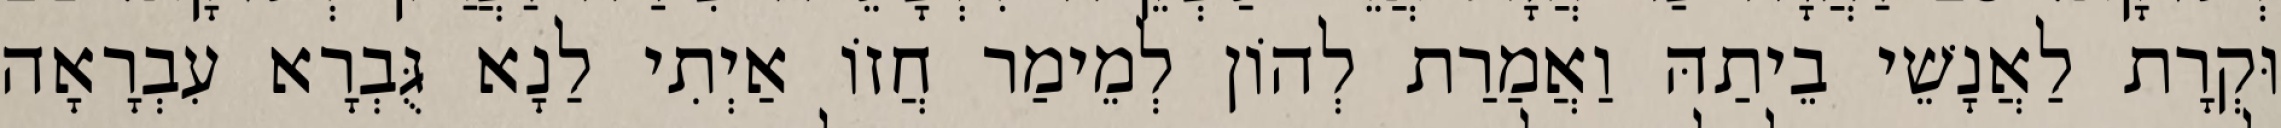
וּקְרָת לַאֲנָשֵׁי בֵיתַהּ וַאֲמַרַת לְהוֹן לְמֵימַר חֲזוֹ אַיְתִי לַנָא גֻּבְרָא עִבְרָאָה